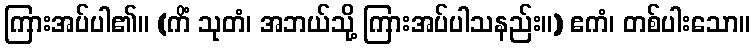
ကြားအပ်ပါ၏။ (ကိံ သုတံ၊ အဘယ်သို့ ကြားအပ်ပါသနည်း။) ဧကံ၊ တစ်ပါးသော။